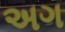
અગ